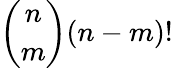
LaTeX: {\binom{n}{m}}(n-m)!